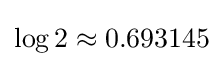
\log 2\approx 0.693145